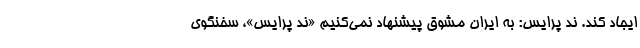
ایجاد کند. ند پرایس: به ایران مشوق پیشنهاد نمی‌کنیم «ند پرایس»، سخنگوی